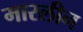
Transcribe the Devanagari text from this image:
मारलीन